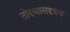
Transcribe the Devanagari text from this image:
तोरणासदृश्य